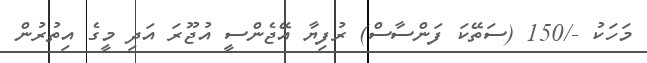
މަހަކު -/150 (ސަތޭކަ ފަންސާސް) ރުފިޔާ އޭޖެންސީ އުޖޫރަ އަދި މީގެ އިތުރުން